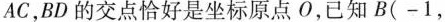
AC，BD的交点恰好是坐标原点O，已知B(-1，